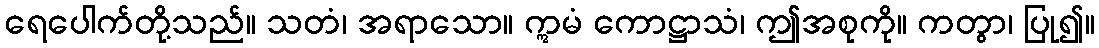
ရေပေါက်တို့သည်။ သတံ၊ အရာသော။ ဣမံ ကောဋ္ဌာသံ၊ ဤအစုကို။ ကတွာ၊ ပြု၍။